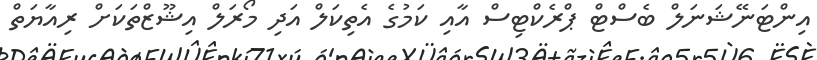
އިންޓަނޭޝަނަލް ބެސްޓް ޕްރެކްޓިސް އާއި ކަމުގެ އެތިކަލް އަދި މޯރަލް އިޝޫޒްތަކަށް ރިއާޔަތް